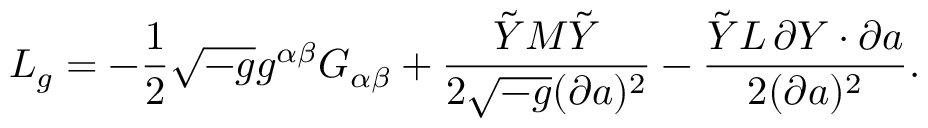
{ \cal L } _ { g } = - { \frac { 1 } { 2 } } \sqrt { - g } g ^ { \alpha \beta } G _ { \alpha \beta } + { \frac { \tilde { Y } M \tilde { Y } } { 2 \sqrt { - g } ( \partial a ) ^ { 2 } } } - { \frac { \tilde { Y } L \, \partial Y \cdot \partial a } { 2 ( \partial a ) ^ { 2 } } } .